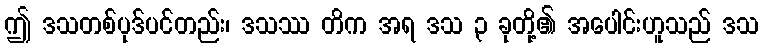
ဤ ဒသတစ်ပုဒ်ပင်တည်း၊ ဒသဿ တိက အရ ဒသ ၃ ခုတို့၏ အပေါင်းဟူသည် ဒသ